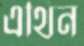
এথিন